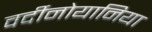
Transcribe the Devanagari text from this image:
वर्दीनोयानिया